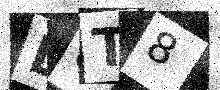
Text: LUT8